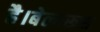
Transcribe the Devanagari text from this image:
है।बेलारूस